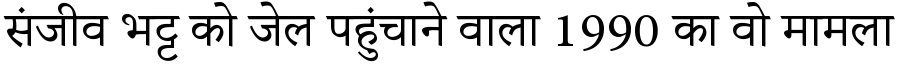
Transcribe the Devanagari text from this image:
संजीव भट्ट को जेल पहुंचाने वाला 1990 का वो मामला